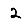
Digit: 2